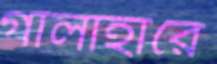
গালাহারে